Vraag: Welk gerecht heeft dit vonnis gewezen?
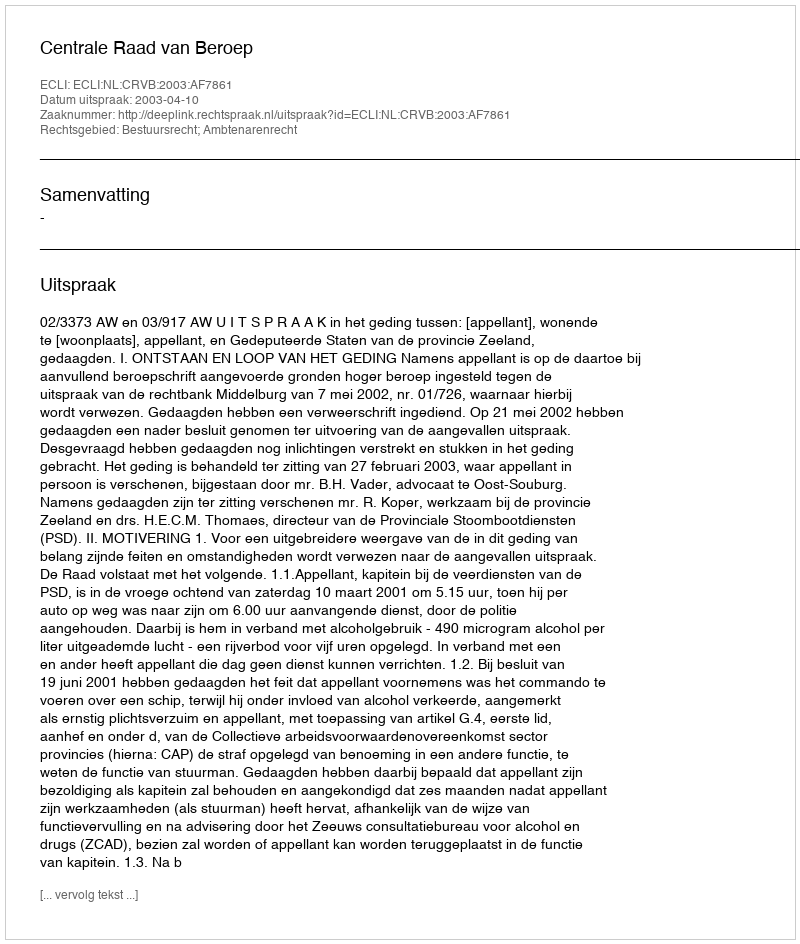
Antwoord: Centrale Raad van Beroep